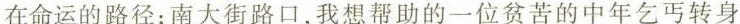
在命运的路径；南大街路口，我想帮助的一位贫苦的中年乞丐转身